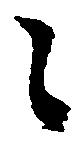
之